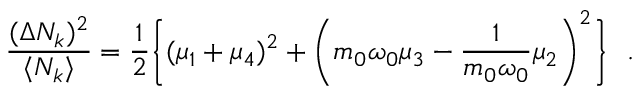
{ \frac { ( \Delta N _ { k } ) ^ { 2 } } { \langle N _ { k } \rangle } } = { \frac { 1 } { 2 } } \biggl \{ ( \mu _ { 1 } + \mu _ { 4 } ) ^ { 2 } + \biggl ( m _ { 0 } \omega _ { 0 } \mu _ { 3 } - { \frac { 1 } { m _ { 0 } \omega _ { 0 } } } \mu _ { 2 } \biggr ) ^ { 2 } \biggr \} \ \ .